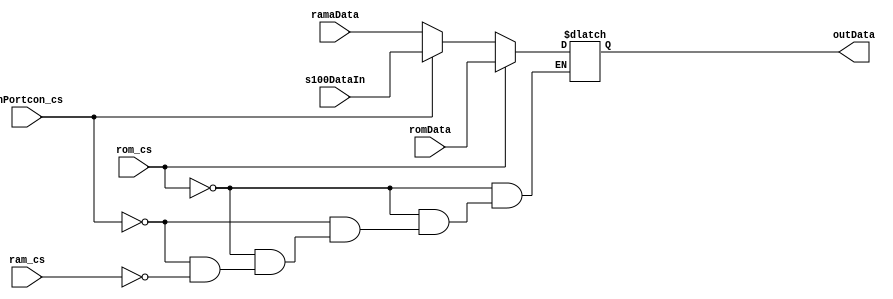
/********************************************************************
*                                                                   *
*   This function selects which device's DATA OUT goes into the Z80 *
*   CPU DATA INPUT bus at any given time. It uses the device's      *
*   select line to enable that device's DATA OUT signals            *
*   The Efinix FPGAs do NOT have internal tri-state buffering       *
*   capabilities, so this is especially important to prevent        *
*   clashing of signals of the Z80 DATA INPUT bus.                  *
********************************************************************/

module cpuDIMux
    (
    input [7:0] romData,
    input [7:0] ramaData,
    input [7:0] s100DataIn,
    input   rom_cs,
    input   ram_cs,
    input   inPortcon_cs,
    output wire [7:0] outData
    );
    
reg [7:0] selectedData;

always @* begin
    if (rom_cs)
        selectedData <= romData;
    else if(inPortcon_cs)
        selectedData <= s100DataIn;
    else if (ram_cs)
        selectedData = ramaData;
//    else
//        selectedData = 8'h00;   // otherwisw execute a NOP for now
    end                         // eventually change it to FF
    
    assign outData = selectedData;
    
endmodule